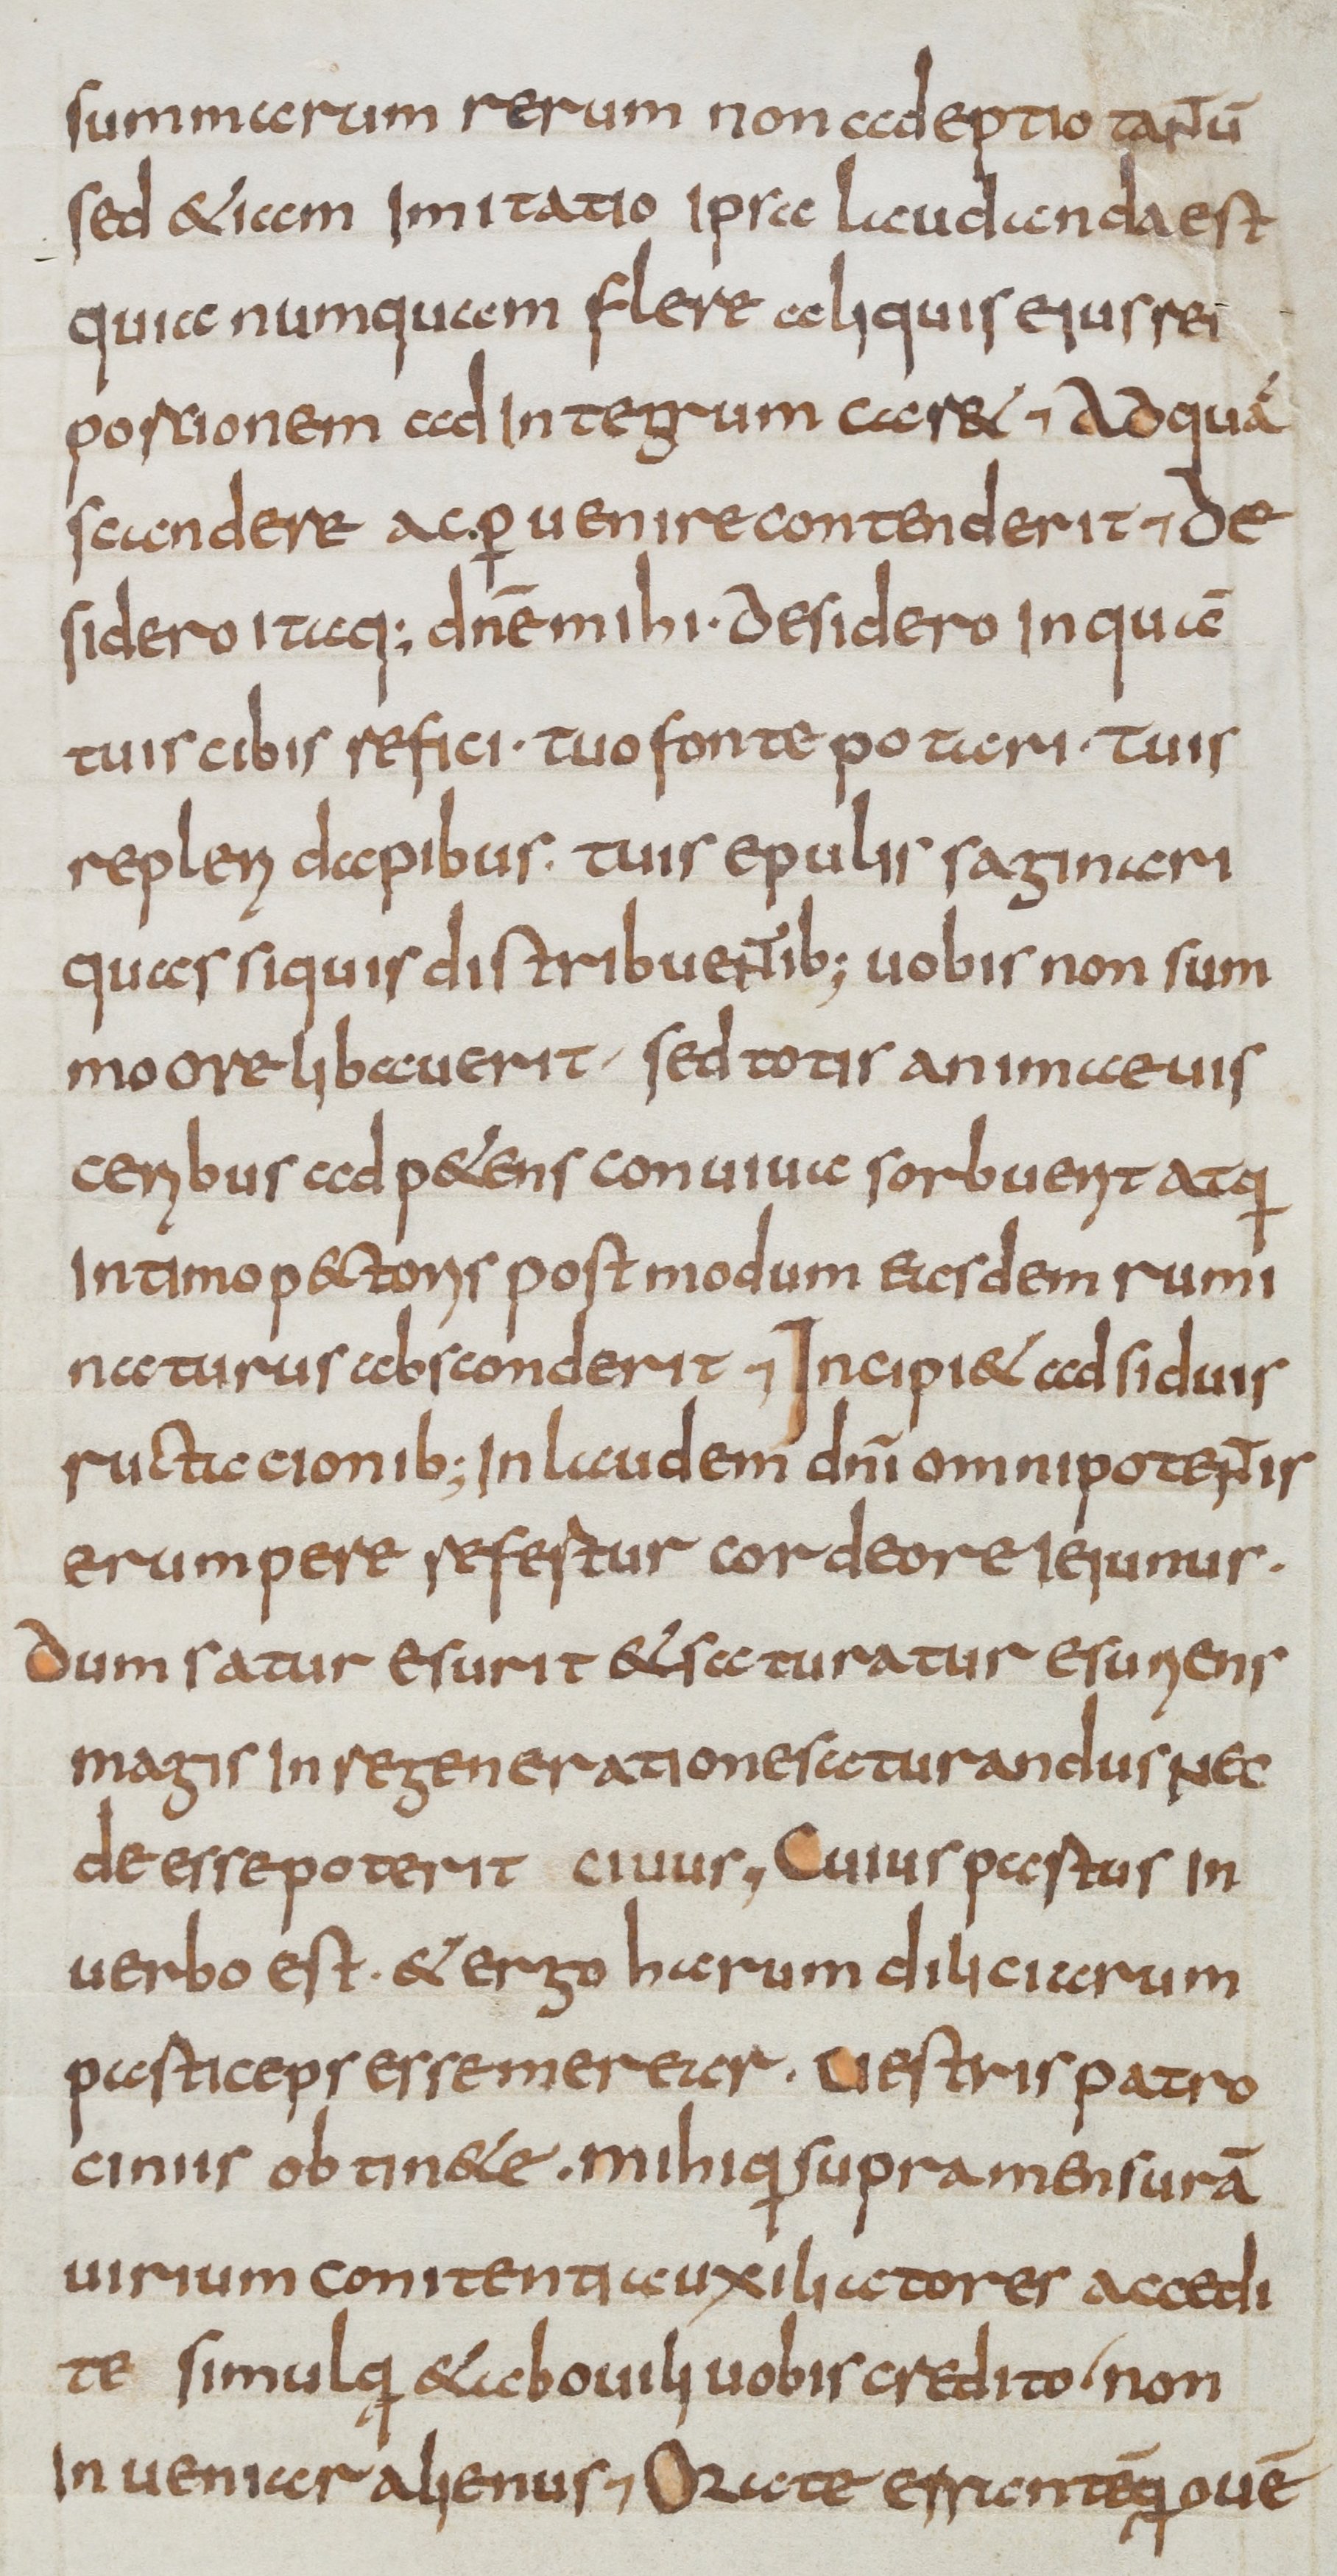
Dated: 800–899